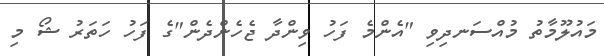
މައުލޫމާތު މުއްސަނދިވި "އެންމެ ފަހު ވިންދާ ޖެހެންދެން"ގެ ފަހު ހަތަރު ޝޯ މި